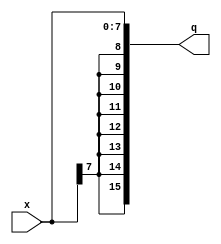
`timescale 1ns/1ns
module signExtender (x, q);
  input signed[7:0] x;
  output signed [15:0] q;
  assign q = x;
endmodule